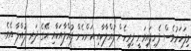
މިފަހަރުވެސް ފެނިފައިވަނީ ފިރިހެން ފުއްލާކާއި އަންހެން ފުއްލާއަކާއި އޭގެ ދަރި ފުއްލާ އެވެ.